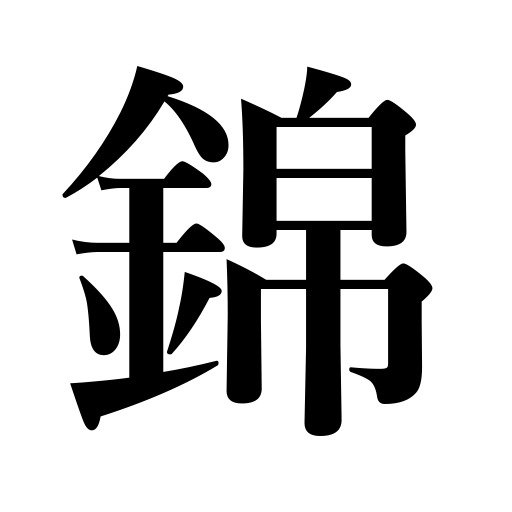
Meanings: fine dress,honors,brocade